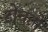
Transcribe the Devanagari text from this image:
टोचतो